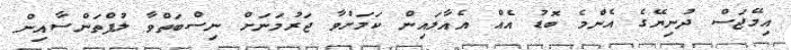
އިމޭޖަސް ދުނިޔޭގެ އެންމެ ބޮޑު އެއް އެއާލައިން ކަމަށްވާ ޖަރުމަނަށް ނިސްބަތްވާ ލުފްތަންސާއިން